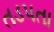
તડપતા